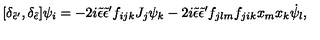
[ \delta _ { { \tilde { \epsilon } } { ' } } , \delta _ { \tilde { \epsilon } } ] \psi _ { i } = - 2 i { \tilde { \epsilon } } { \tilde { \epsilon } } { ' } f _ { i j k } J _ { j } \psi _ { k } - 2 i { \tilde { \epsilon } } { \tilde { \epsilon } } { ' } f _ { j l m } f _ { j i k } x _ { m } x _ { k } { \dot { \psi } } _ { l } ,